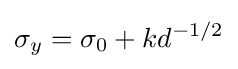
\sigma _{y}=\sigma _{0}+kd^{-1/2}